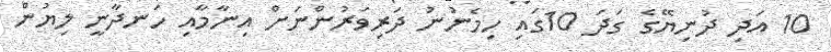
10 އަދި ދުނިޔޭގެ ގަދަ 10ގައި ހިމެނުނު ދަރިވަރުންނަށް އިނާމާއި ހަނދާނީ ލިޔުން